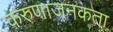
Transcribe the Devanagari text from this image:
करुणाजनकता